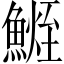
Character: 𩺧